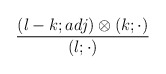
\begin{align*}{\frac{(l-k;adj)\otimes(k;\cdot)}{(l;\cdot)}}\end{align*}